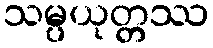
သမ္ပယုတ္တဿ